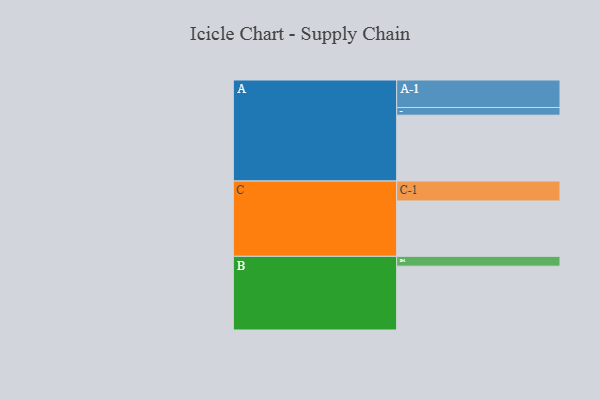
{"axis": {"x": "Segment", "y": "Value"}, "legend": ["", "A", "B", "C"], "data": [{"x": "A", "y": 522, "type": ""}, {"x": "B", "y": 506, "type": ""}, {"x": "C", "y": 439, "type": ""}, {"x": "A-1", "y": 218, "type": "A"}, {"x": "A-2", "y": 61, "type": "A"}, {"x": "B-1", "y": 78, "type": "B"}, {"x": "C-1", "y": 158, "type": "C"}]}